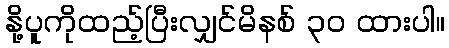
နို့ပူကိုထည့်ပြီးလျှင်မိနစ် ၃၀ ထားပါ။